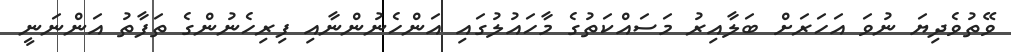
ވޭތުވެދިޔަ ނުވަ އަހަރަށް ބަލާއިރު މަސައްކަތުގެ މާހައުލުގައި އަންހެނުންނާއި ފިރިހެނުންގެ ތަފާތު އަންނަނީ